Riigikantselei, lk 122
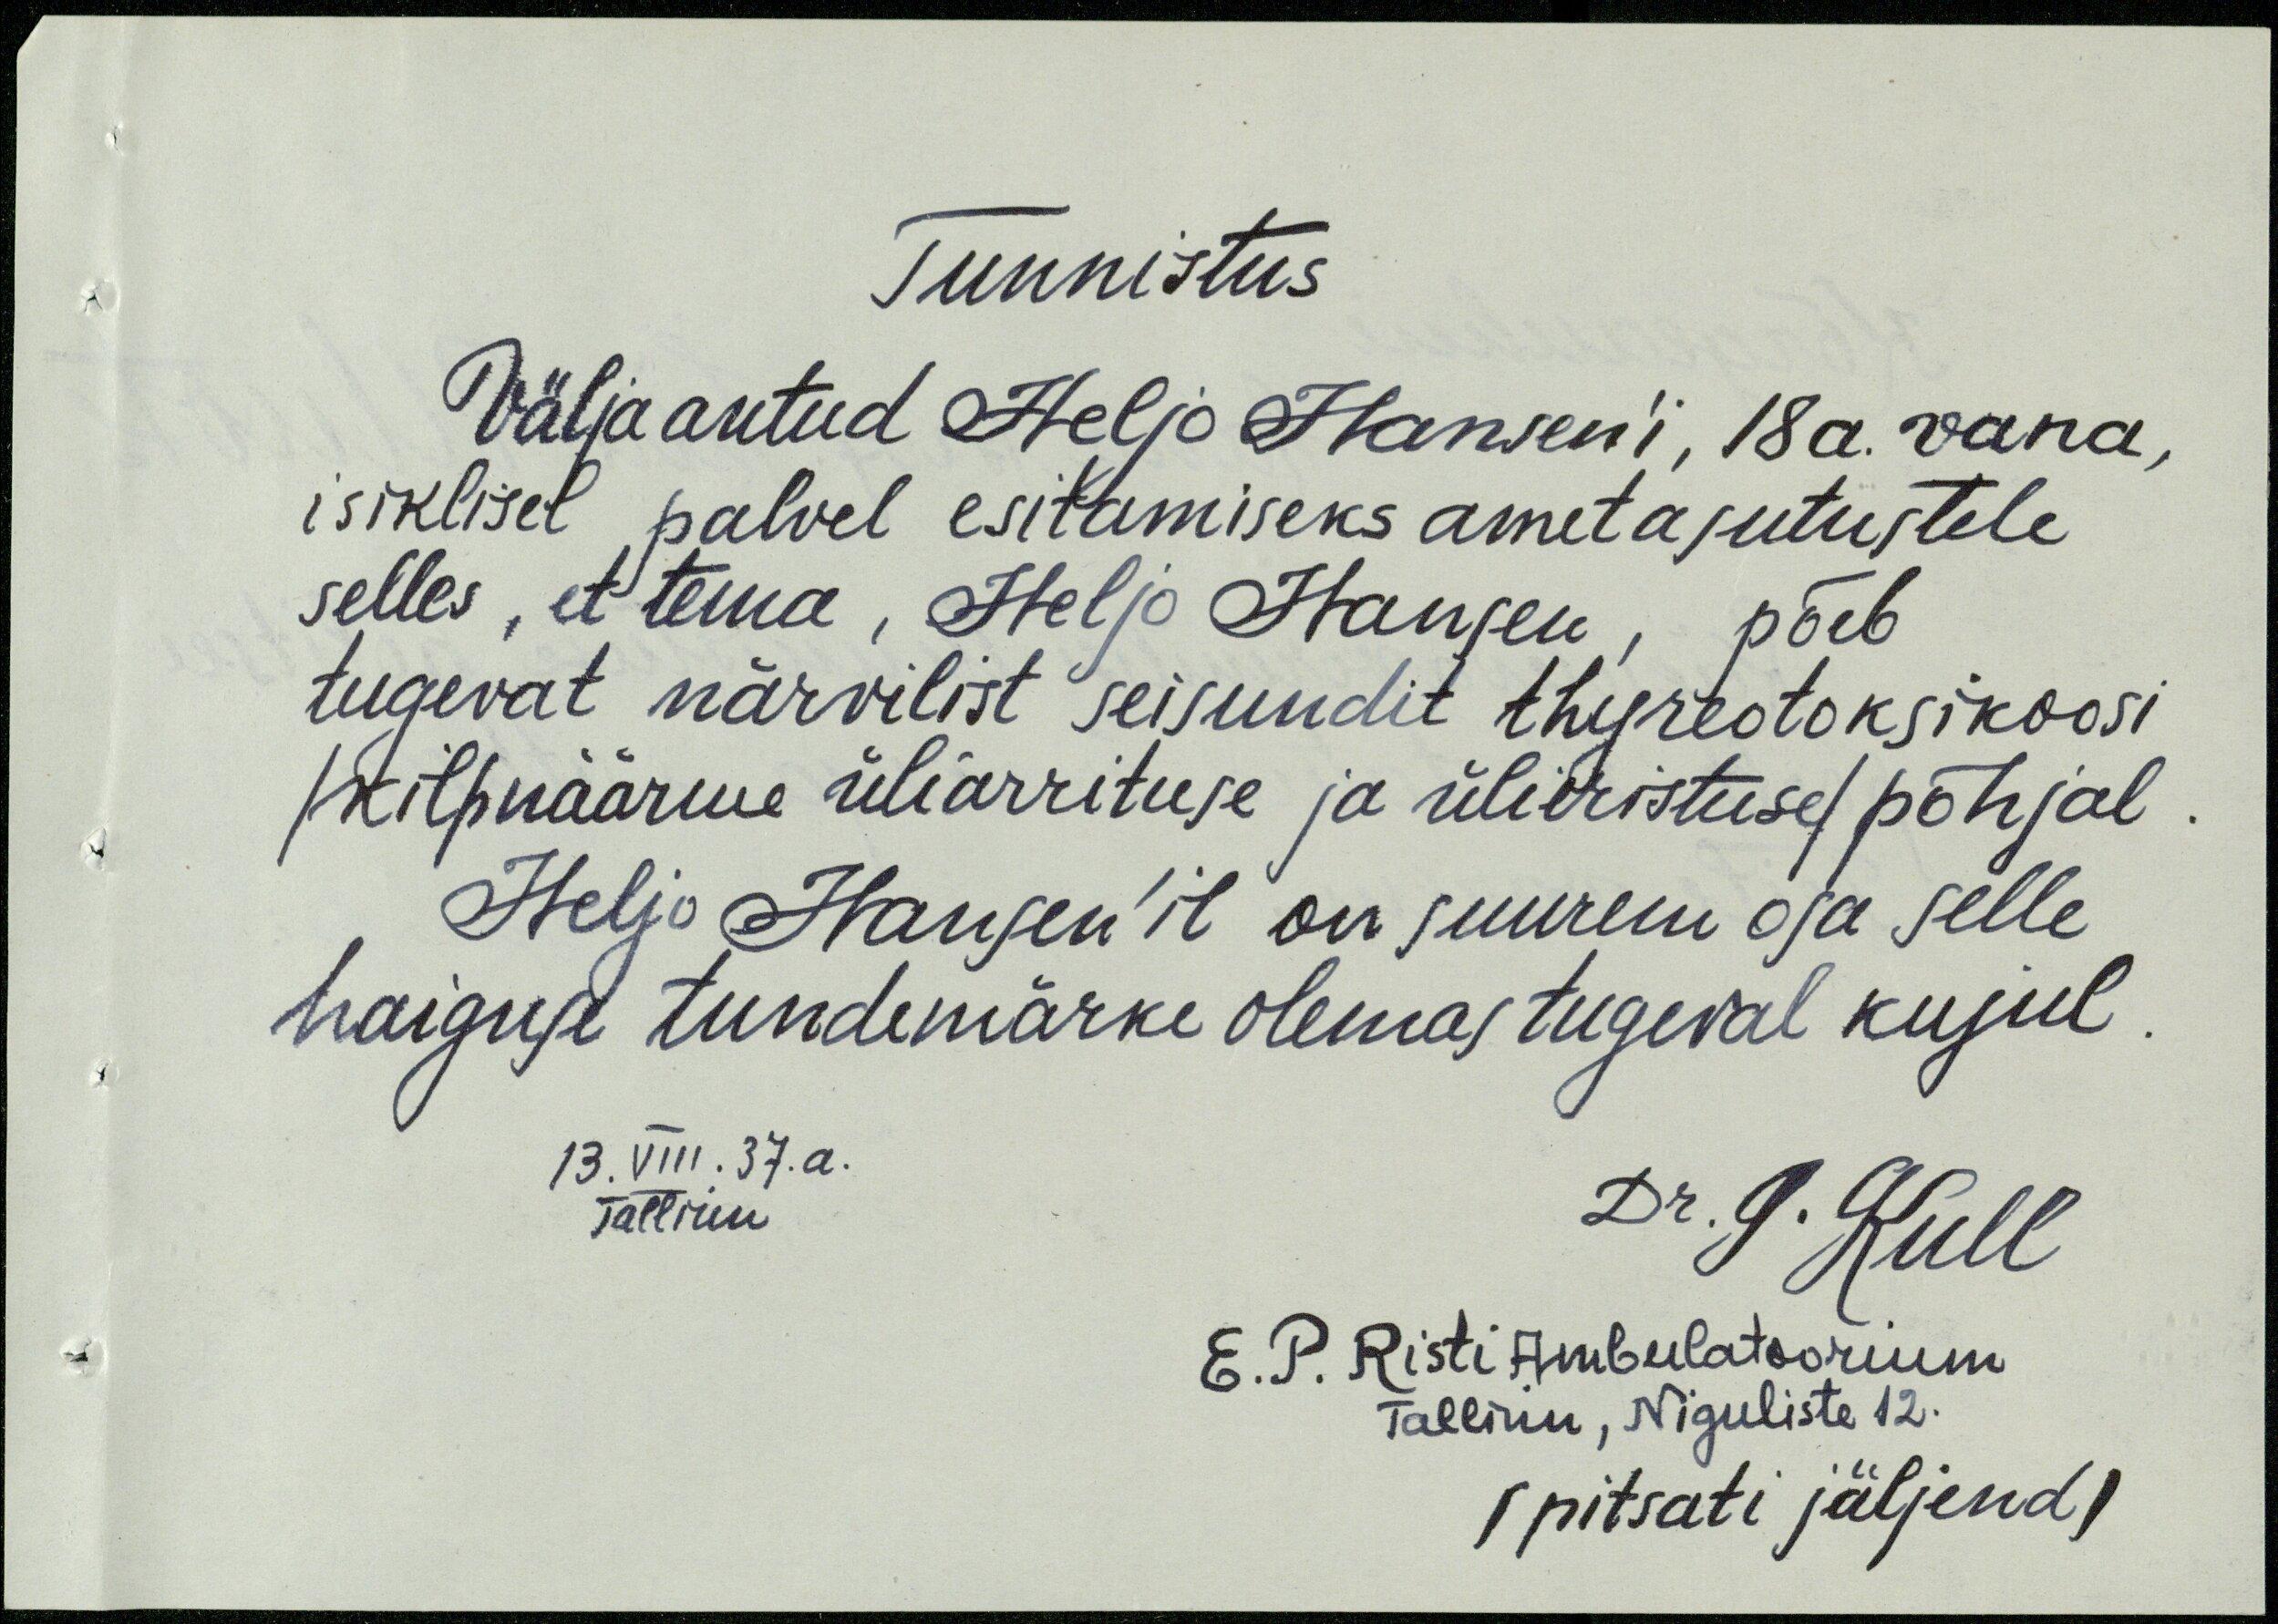
Tunnistus
Välja antud Heljo Hansen'i, 18a. vana,
isiklisel palvel esitamiseks ametasutustele
selles, et tema, Heljo Hansen, põeb
tugevat närvilist seisundit thyreotoksikoosi
/kilpnäärme üliarrituse ja ülieristuse/ põhjal
Heljo Hansen'il on suurem osa selle
haiguse tundemärke olemas tugeval kujul
13.VIII.37.a.
Tallinn.
Dr. G. Kull
E.P. Risti Ambulatoorium
Tallinn, Niguliste 12.
(pitsati jäljend)